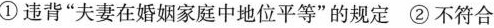
①违背”夫妻在婚姻家庭中地位平等”的规定 ②不符合